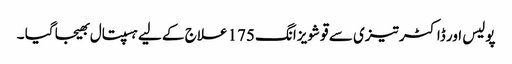
پولیس اور ڈاکٹر تیزی سے قو شویزانگ 175 علاج کے لیے ہسپتال بھیجا گیا ۔